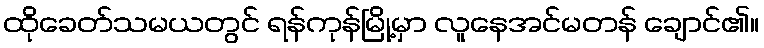
ထိုခေတ်သမယတွင် ရန်ကုန်မြို့မှာ လူနေအင်မတန် ချောင်၏။